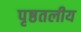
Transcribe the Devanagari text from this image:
पृष्ठतलीय